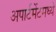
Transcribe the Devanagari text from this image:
अपार्टमेंटमध्ये